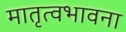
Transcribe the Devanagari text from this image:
मातृत्वभावना